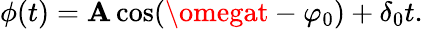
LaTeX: \phi(t)=\mathbf{A}\cos(\omegat-\varphi_{0})+\delta_{0}t.